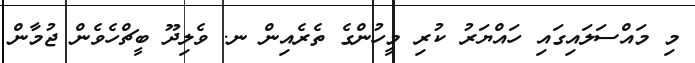
މި މައްސަލައިގައި ހައްޔަރު ކުރި މީހުންގެ ތެރެއިން ނ. ވެލިދޫ ބީޗްހެވެން ޖުމާން